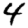
Digit: 4